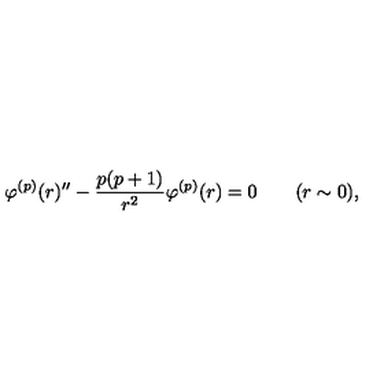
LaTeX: \varphi ^ { ( p ) } ( r ) ^ { \prime \prime } - \frac { p ( p + 1 ) } { r ^ { 2 } } \varphi ^ { ( p ) } ( r ) = 0 \qquad ( r \sim 0 ) ,